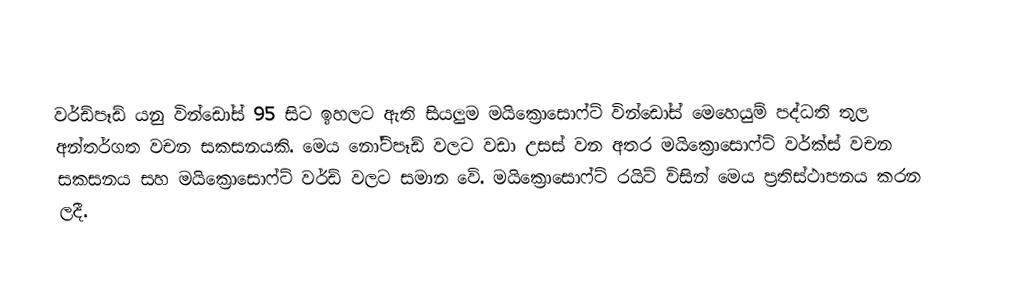
වර්ඩ්පෑඩ් යනු වින්ඩෝස් 95 සිට ඉහලට ඇති සියලුම මයික්‍රොසොෆ්ට් වින්ඩෝස් මෙහෙයුම් පද්ධති තුල අන්තර්ගත වචන සකසනයකි. මෙය නෝට්පෑඩ් වලට වඩා උසස් වන අතර මයික්‍රොසොෆ්ට් වර්ක්ස් වචන සකසනය සහ මයික්‍රොසොෆ්ට් වර්ඩ් වලට සමාන වේ. මයික්‍රොසොෆ්ට් රයිට් විසින් මෙය ප්‍රතිස්ථාපනය කරන ලදී.